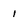
Character: 1